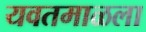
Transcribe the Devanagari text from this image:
यवतमाळला